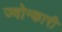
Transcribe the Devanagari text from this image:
ज्वोन्कारी